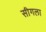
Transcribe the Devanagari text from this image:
सीगला